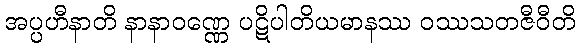
အပ္ပဟီနာတိ နာနာဝဏ္ဏေ ပဋိပါတိယမာနဿ ဝဿသတဇီဝီတိ